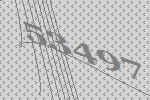
53497